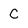
Character: C